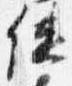
使